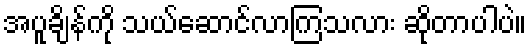
အပူချိန်ကို သယ်ဆောင်လာကြသလား ဆိုတာပါပဲ။